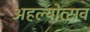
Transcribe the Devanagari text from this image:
अहल्योत्सव